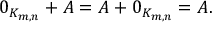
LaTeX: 0 _ { K _ { m , n } } + A = A + 0 _ { K _ { m , n } } = A .